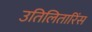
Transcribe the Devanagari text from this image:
उतिलितारिंस